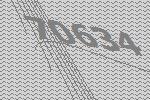
70634